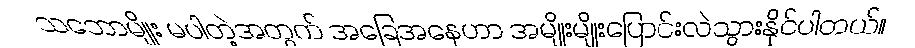
သဘောမျိုး မပါတဲ့အတွက် အခြေအနေဟာ အမျိုးမျိုးပြောင်းလဲသွားနိုင်ပါတယ်။